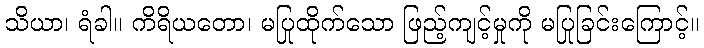
သိယာ၊ ရံခါ။ ကိရိယတော၊ မပြုထိုက်သော ဖြည့်ကျင့်မှုကို မပြုခြင်းကြောင့်။